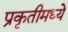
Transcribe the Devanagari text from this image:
प्रकृतीमध्येे